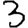
Digit: 3